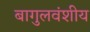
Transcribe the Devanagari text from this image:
बागुलवंशीय